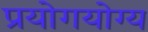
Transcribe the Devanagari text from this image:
प्रयोगयोग्य